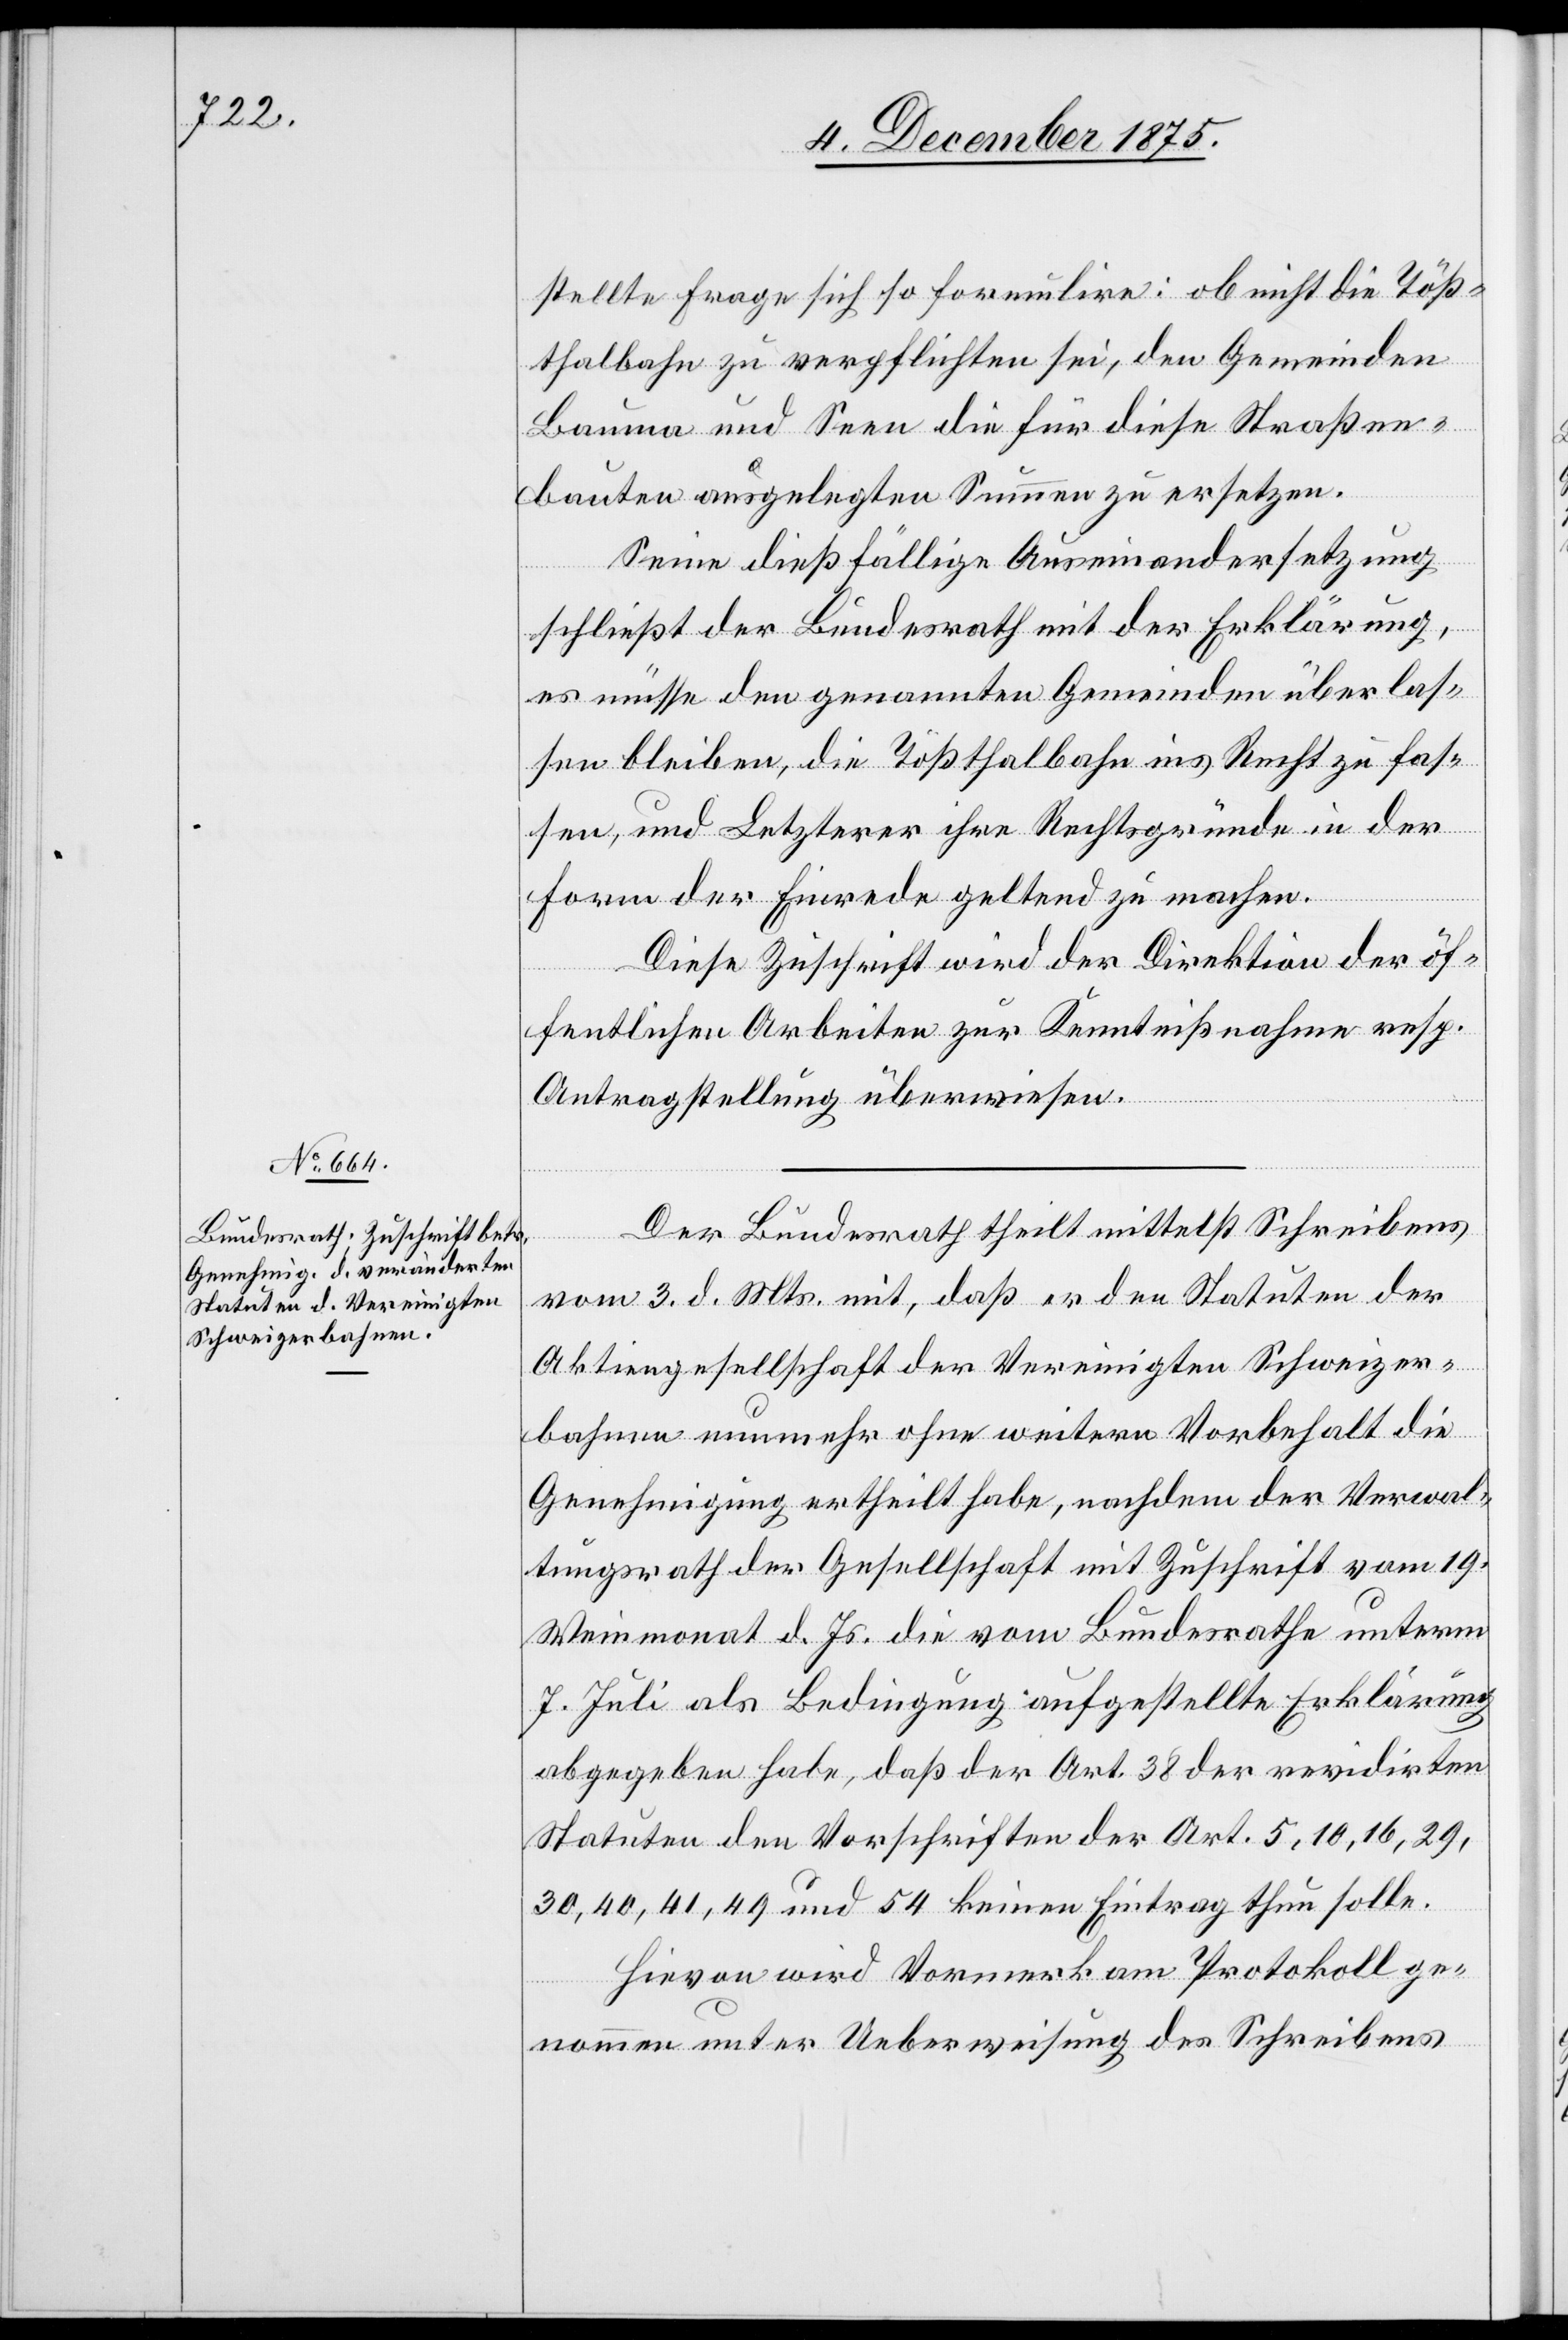
8. December 1875.]
stellte Frage sich so formuliere: ob nicht die Töß¬
thalbahn zu verpflichten sei, den Gemeinden
Bauma und Seen die für diese Straßen¬
bauten ausgelegten Summen zu ersetzen.
Seine dießfällige Auseinandersetzung
schließt der Bundesrath mit der Erklärung,
es müsse den genannten Gemeinden überlas¬
sen bleiben, die Tößthalbahn ins Recht zu fas¬
sen, und Letzterer ihre Rechtsgründe in der
Form der Einrede geltend zu machen.
Diese Zuschrift wird der Direktion der öf¬
fentlichen Arbeiten zur Kenntnißnahme resp.
Antragstellung überwiesen.
Der Bundesrath theilt mittelst Schreibens
vom 3. d. Mts. mit, daß er den Statuten der
Aktiengesellschaft der Vereinigten Schweizer¬
bahnen nunmehr ohne weitern Vorbehalt die
Genehmigung ertheilt habe, nachdem der Verwal¬
tungsrath der Gesellschaft mit Zuschrift vom 19.
Weinmonat d. Js. die vom Bundesrathe unterm
7. Juli als Bedingung aufgestellte Erklärung
abgegeben habe, daß der Art. 38 der revidirten
Statuten den Vorschriften der Art 5, 10, 16, 29,
30, 40, 41, 49 und 54 keinen Eintrag thun solle.
Hievon wird Vormerk am Protokoll ge¬
nommen unter Ueberweisung des Schreibens